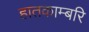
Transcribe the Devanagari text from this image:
हातकाम्बरि